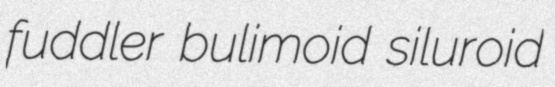
fuddler bulimoid siluroid